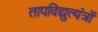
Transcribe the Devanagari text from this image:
तापविद्युत्यंत्रों